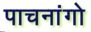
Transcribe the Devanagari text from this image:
पाचनांगो